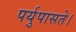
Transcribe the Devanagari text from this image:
पर्युपासते।